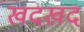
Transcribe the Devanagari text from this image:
खदखद